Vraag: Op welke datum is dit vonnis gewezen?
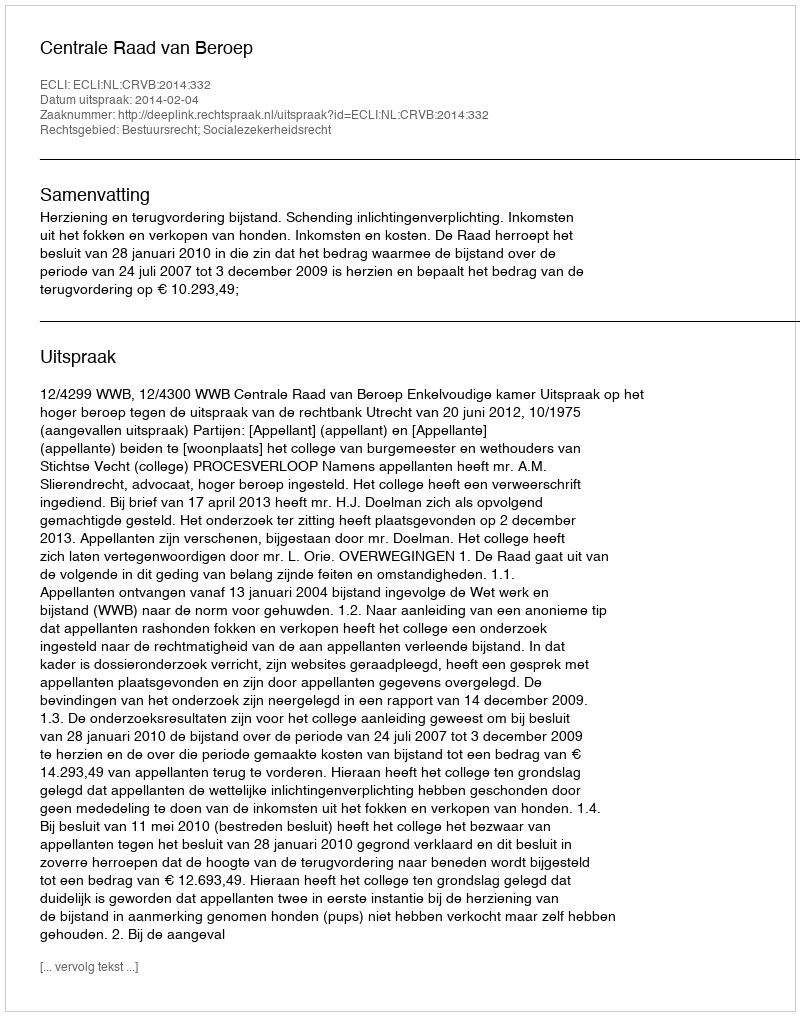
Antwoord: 2014-02-04